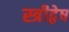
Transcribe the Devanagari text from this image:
स्त्रीद्वेष